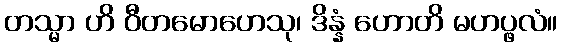
တသ္မာ ဟိ ဝီတမောဟေသု၊ ဒိန္နံ ဟောတိ မဟပ္ဖလံ။